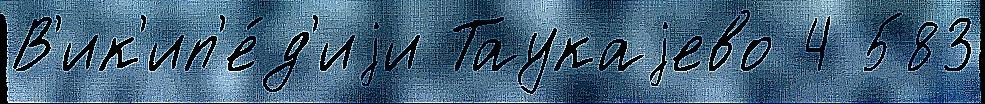
В'ик'ип'е́д'иjи Таукаjево 4 583